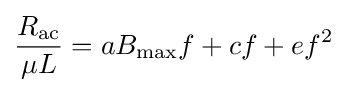
{\frac {R_{\text{ac}}}{\mu L}}=aB_{\text{max}}f+cf+ef^{2}